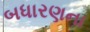
બધારણના